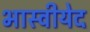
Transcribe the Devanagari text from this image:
भास्वीयेद